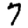
Digit: 7